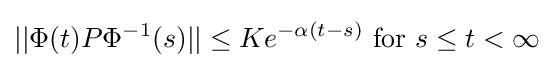
||\Phi (t)P\Phi ^{-1}(s)||\leq Ke^{-\alpha (t-s)}{\mbox{ for }}s\leq t<\infty